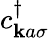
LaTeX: c_{\mathbf{k}a\sigma}^{\dagger}